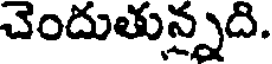
చెందుతున్నది.